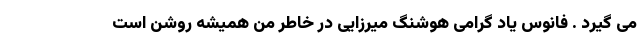
می گیرد . فانوس یاد گرامی هوشنگ میرزایی در خاطر من همیشه روشن است